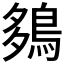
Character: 𪀩